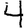
Digit: 4